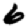
Digit: 6